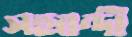
সহবন্দী